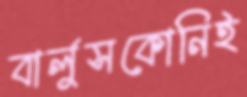
বার্লুসকোনিই